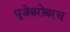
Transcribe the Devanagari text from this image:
पूजेबरोबरच